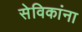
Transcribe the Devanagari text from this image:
सेविकांना